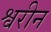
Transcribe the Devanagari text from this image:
श्वरीन